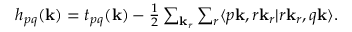
\begin{array} { r } { h _ { p q } ( \mathbf k ) = t _ { p q } ( \mathbf k ) - \frac { 1 } { 2 } \sum _ { \mathbf k _ { r } } \sum _ { r } \langle p \mathbf k , r \mathbf k _ { r } | r \mathbf k _ { r } , q \mathbf k \rangle . } \end{array}